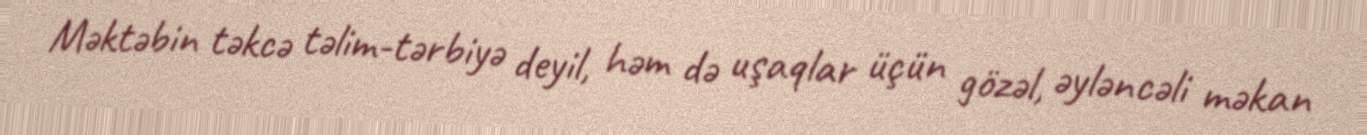
Məktəbin təkcə təlim-tərbiyə deyil, həm də uşaqlar üçün gözəl, əyləncəli məkan